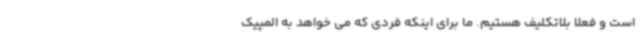
است و فعلا بلاتکلیف هستیم. ما برای اینکه فردی که می خواهد به المپیک